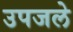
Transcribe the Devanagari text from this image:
उपजले